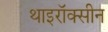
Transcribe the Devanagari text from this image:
थाइरॉक्सीन